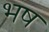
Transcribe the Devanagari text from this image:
भष